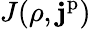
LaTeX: J(\rho,\mathbf{j}^{\mathrm{p}})